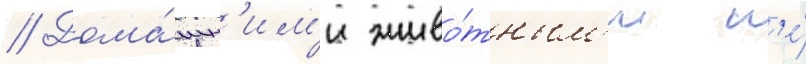
// Дома́шн'им'и живо́тным'и н'е́